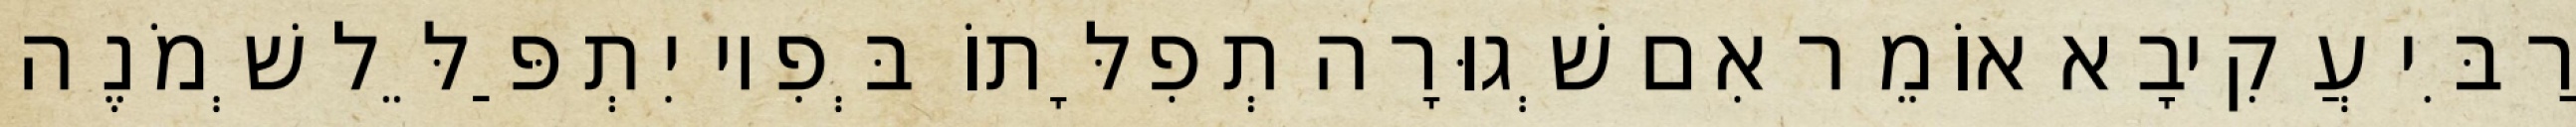
רַבִּי עֲקִיבָא אוֹמֵר אִם שְׁגוּרָה תְפִלָּתוֹ בְּפִיו יִתְפַּלֵּל שְׁמֹנֶה